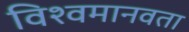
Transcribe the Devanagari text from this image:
विश्वमानवता